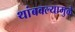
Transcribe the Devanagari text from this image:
थांबवल्यामुळे